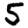
Digit: 5